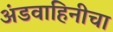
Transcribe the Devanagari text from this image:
अंडवाहिनीचा